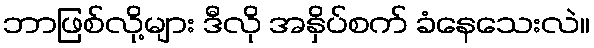
ဘာဖြစ်လို့များ ဒီလို အနှိပ်စက် ခံနေသေးလဲ။